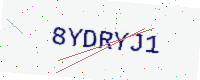
Text: 8YDRYJ1